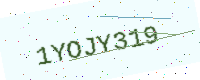
Text: 1YOJY319